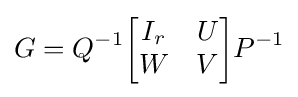
G=Q^{-1}{\begin{bmatrix}I_{r}&U\\W&V\end{bmatrix}}P^{-1}